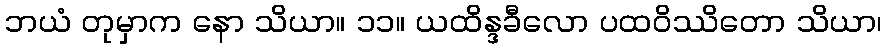
ဘယံ တုမှာက နော သိယာ။ ၁၁။ ယထိန္ဒခီလော ပထဝိဿိတော သိယာ၊